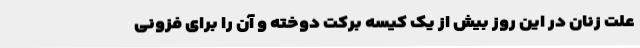
علت زنان در این روز بیش از یک کیسه برکت دوخته و آن را برای فزونی